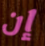
إن